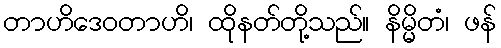
တာဟိဒေဝတာဟိ၊ ထိုနတ်တို့သည်။ နိမ္မိတံ၊ ဖန်